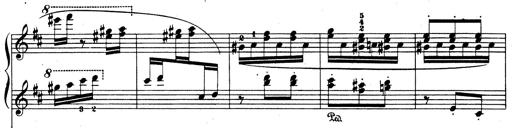
Title: Rhapsodie espagnole
Composer: Franz Liszt